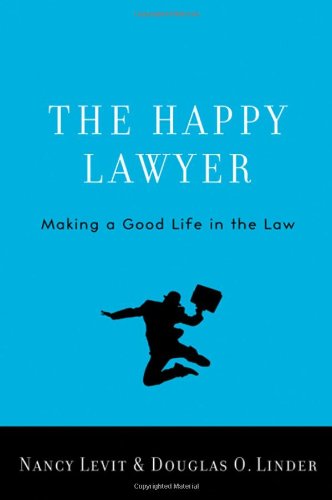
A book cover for The Happy Lawyer: Making a Good Life in the Law; Nancy Levit; Law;